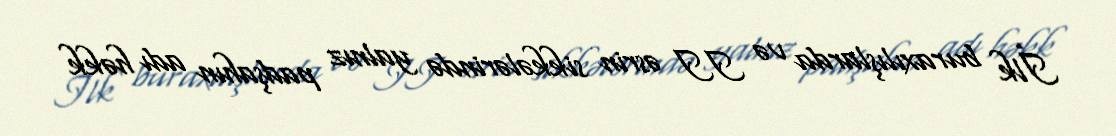
İlk buraxılışlarda və II əsrin sikkələrində yalnız padşahın adı həkk